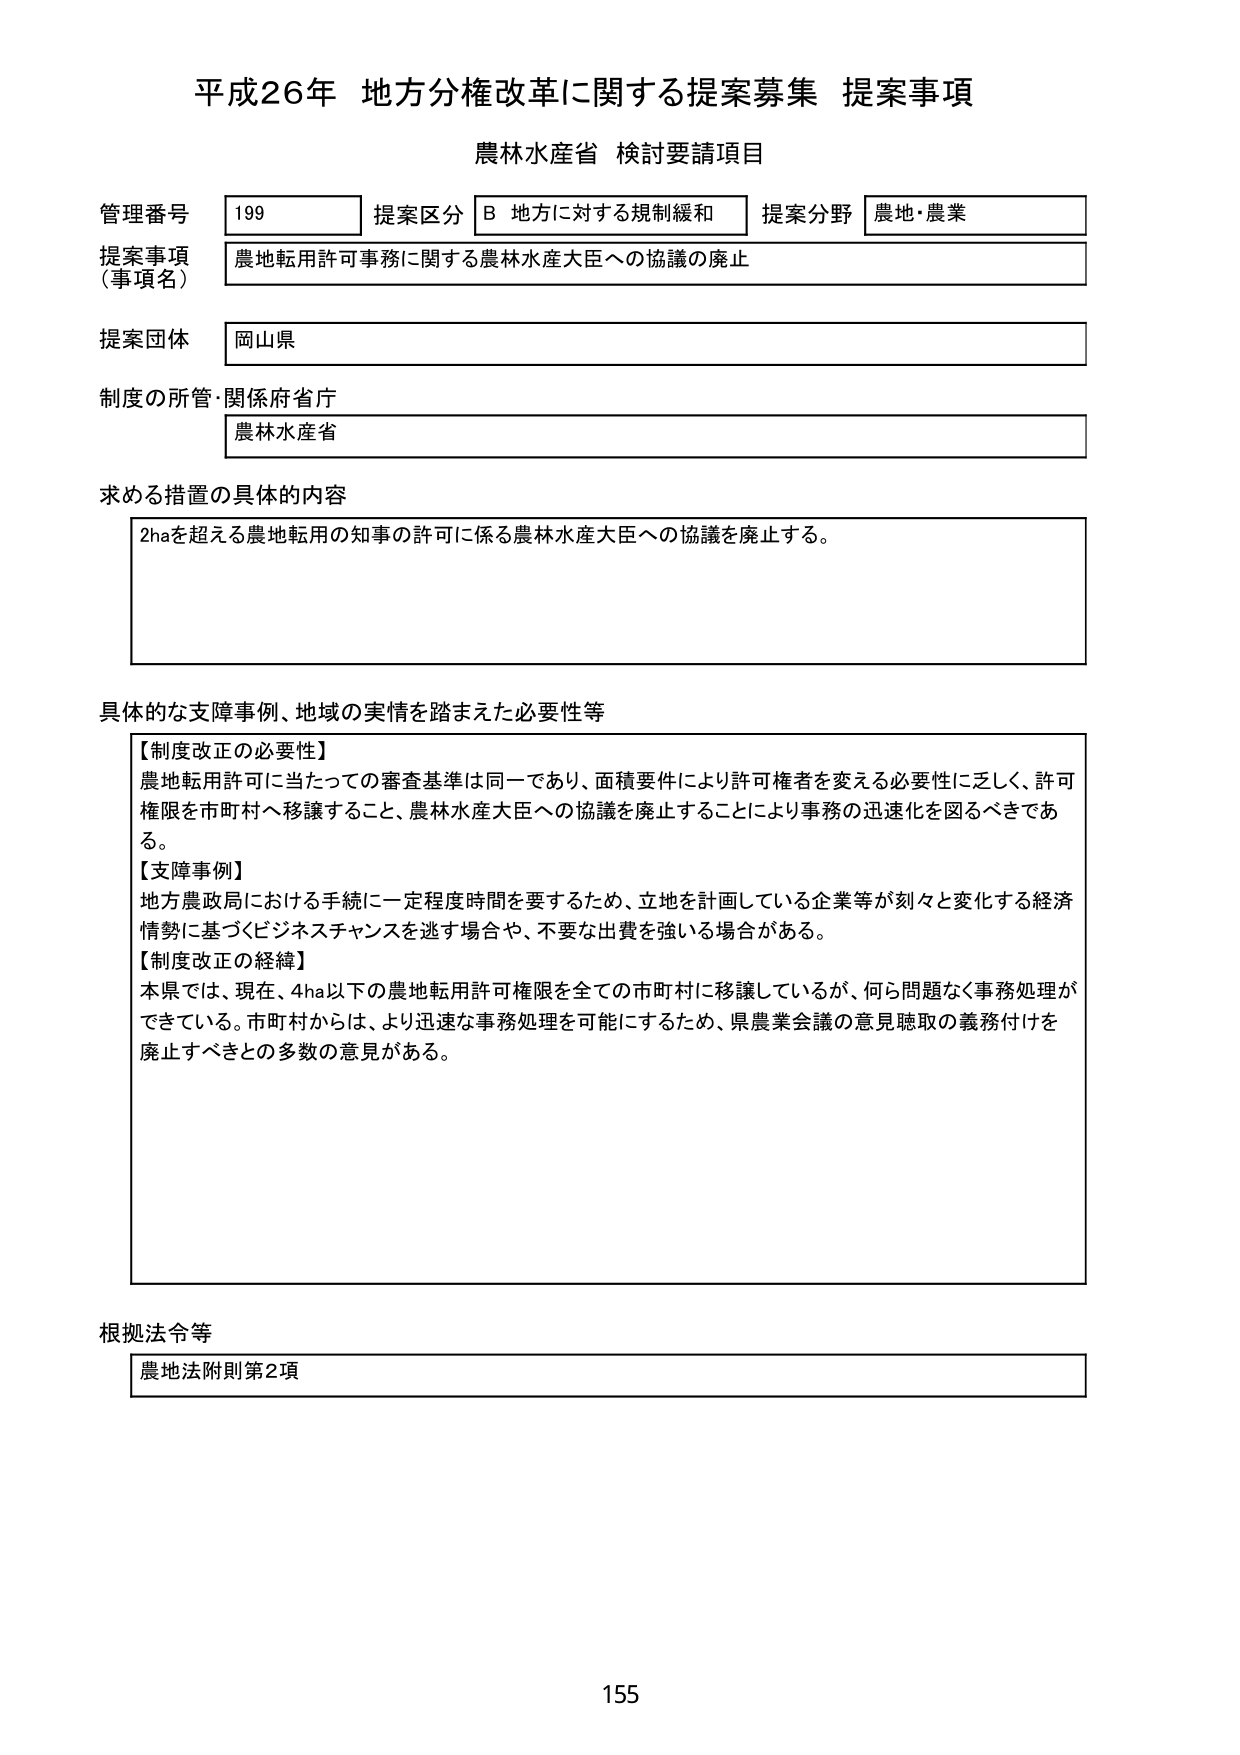
平成26年 地方分権改革に関する提案募集 提案事項
農林水産省 検討要請項目

管理番号 199 提案区分 B 地方に対する規制緩和 提案分野 農地・農業
提案事項（事項名） 農地転用許可事務に関する農林水産大臣への協議の廃止
提案団体 岡山県
制度の所管・関係府省庁 農林水産省

求める措置の具体的内容
2haを超える農地転用の知事の許可に係る農林水産大臣への協議を廃止する。

具体的な支障事例、地域の実情を踏まえた必要性等
【制度改正の必要性】
農地転用許可に当たっての審査基準は同一であり、面積要件により許可権者を変える必要性に乏しく、許可権限を市町村へ移譲すること、農林水産大臣への協議を廃止することにより事務の迅速化を図るべきである。
【支障事例】
地方農政局における手続に一定程度時間を要するため、立地を計画している企業等が刻々と変化する経済情勢に基づくビジネスチャンスを逃す場合や、不要な出費を強い場合がある。
【制度改正の経緯】
本県では、現在、4ha以下の農地転用許可権限を全ての市町村に移譲しているが、何ら問題なく事務処理ができている。市町村からは、より迅速な事務処理を可能にするため、県農業会議の意見聴取の義務付けを廃止すべきとの多数の意見がある。

根拠法令等
農地法附則第2項

155